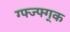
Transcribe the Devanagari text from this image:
ग्फ्ज्फ्ग्क